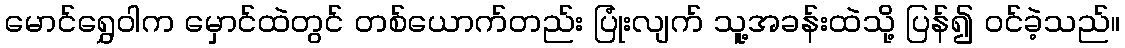
မောင်ရွှေဝါက မှောင်ထဲတွင် တစ်ယောက်တည်း ပြုံးလျက် သူ့အခန်းထဲသို့ ပြန်၍ ဝင်ခဲ့သည်။